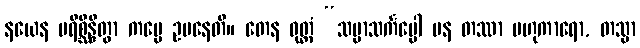
နယေန ပရိစ္ဆိန္ဒိတွာ ကမ္မေ ဥပနေတိ။ တေန ဝုတ္တံ “သမ္မာသင်္ကပ္ပေါ ပန တဿာ ဗဟုကာရော, တသ္မာ